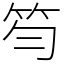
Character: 笉